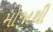
મોજાથી